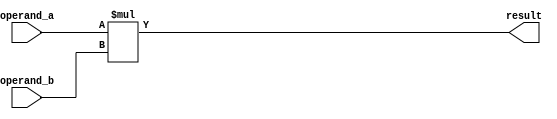
module signed_multiplier(
    input signed [31:0] operand_a,
    input signed [31:0] operand_b,
    output signed [63:0] result
);

assign result = operand_a * operand_b;

endmodule